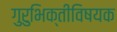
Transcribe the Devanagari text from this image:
गुरुभिक्तीविषयक